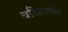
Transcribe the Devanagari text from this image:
चरित्रात्मंक